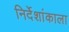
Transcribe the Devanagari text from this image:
निर्देशांकाला